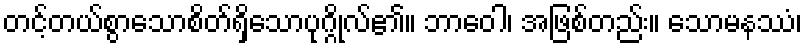
တင့်တယ်စွာသောစိတ်ရှိသောပုဂ္ဂိုလ်၏။ ဘာဝေါ၊ အဖြစ်တည်း။ သောမနဿံ၊